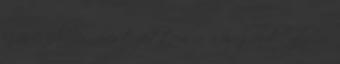
ez az évadzárás, most jöttem rá a megfelelő jelzőre: